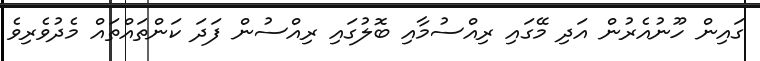
ގައިން ހޫނުއެރުން އަދި މޭގައި ރިއްސުމާއި ބޮލުގައި ރިއްސުން ފަދަ ކަންތައްތައް މެދުވެރިވެ